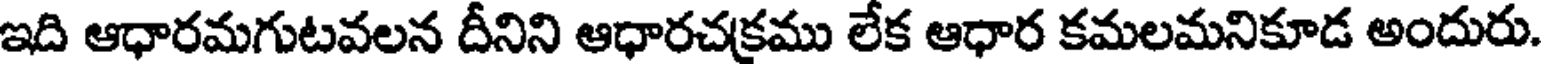
ఇది ఆధారమగుటవలన దీనిని ఆధారచక్రము లేక ఆధార కమలమనికూడ అందురు.